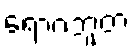
ရောဂဘူတံ